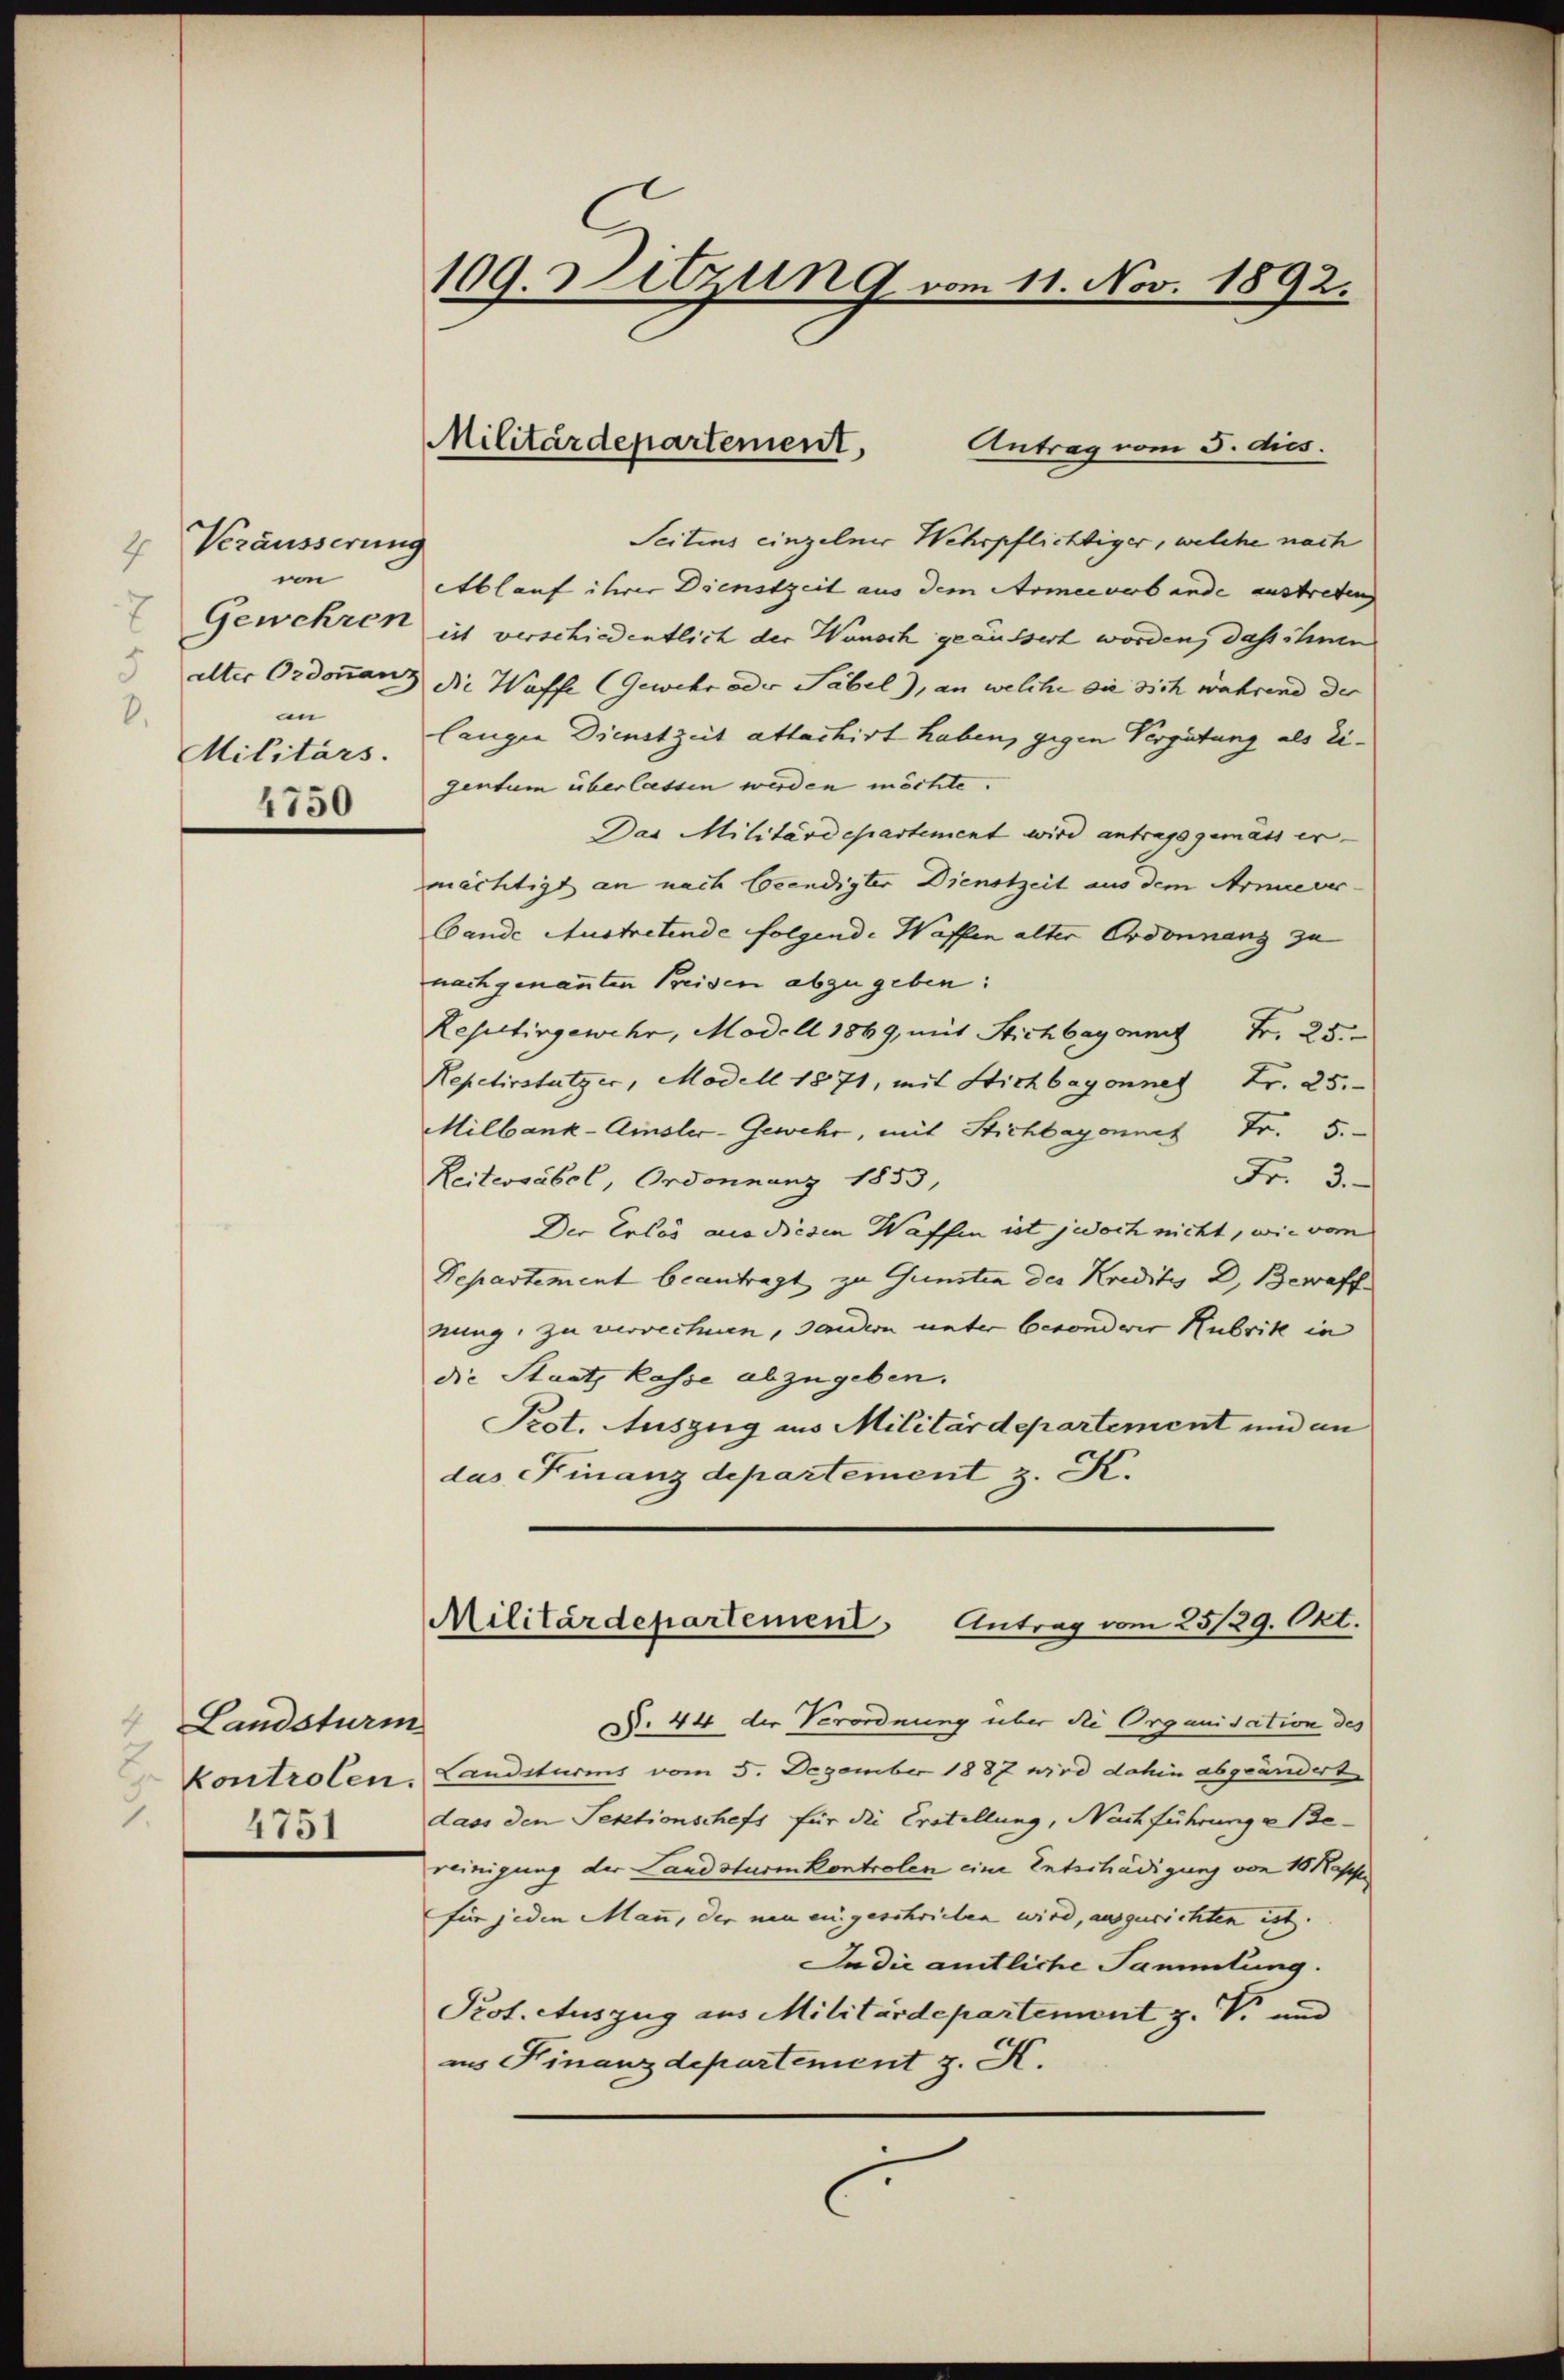
2 Veräusserung
in
7
Gewehren
an
8.
Militärs.
4750

Landsturm
4751

109. Sitzung vom 11. Nov. 1892.

Seitens einzelner Wehrpflichtiger, welche nach
Ablauf ihrer Dienstzeit aus dem Armee verbande austreten
ist verschiedentlich der Wunsch geäussert worden, dass ihnen
alter Ordonnanz die Waffe (Gewehr oder Säbel), an welche die sich während der
langen Dienstzeit attachirt haben, gegen Vergütung als Eigentum überlassen werden möchte.
Das Militärdepartement wird antragsgemäss er-
mächtigt an nach beendigter Dienstzeit aus dem Armeever-
Gande Austretende folgende Waffen alter Ordonnang zu
nach genannten Preisen abzugeben:
Repettingewehr, Modell 1869, mit Stichbayonmit Fr. 25
Nepetirstutzer, Modell 1871, mit Stichbegonnet Fr. 25.
Milbank-Amsler-Gewehr, mit Stichbayonnet Fr. 5.
Fr. 3.
Reitersäbel, Ordonnanz 1853,
Der Erlös aus diesen Waffen ist jedoch nicht, wie vom
Separtement beantragt zu Gunsten des Kredity D. Bewaff
nung, zu verrechnen, sondern unter besonderer Hubrik in
die Staat, kasse abzugeben.
Pot. Auszug ins Militärdepartement und an
das Finanzdepartement z. K.

N. 44 der Verordnung über die Organisation des
kontrolen. Landsturms vom 5. Dezember 1887 wird dahin abgeändert
dass den Sektionscheft für die Erstellung, Nachführunge Bereinigung der Landsturmkontrolen eine Entschädigung von 10 Kappe
für jeden Mann, der nun eingeschrieben wird, auszurichten ist.
In die amtliche Sammlung.
Prot. Auszug aus Militärdepartement z. V. und
in Finanzdepartement z. K.
l

Militärdepartement,
Antrag vom 3. dies.

Militärdepartement Antrag vom 25/29. Okt.